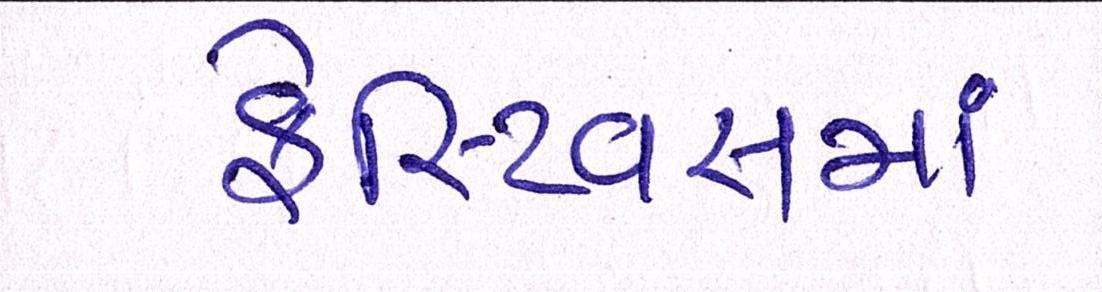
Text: ફેસ્ટિવસમાં